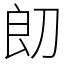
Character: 㓪